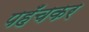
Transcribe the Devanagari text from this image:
पहँचकर